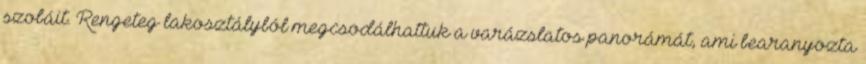
szobáit. Rengeteg lakosztályból megcsodálhattuk a varázslatos panorámát, ami bearanyozta